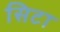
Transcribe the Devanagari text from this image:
सिटा